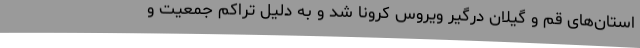
استان‌های قم و گیلان درگیر ویروس کرونا شد و به دلیل تراکم جمعیت و